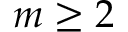
m \geq 2